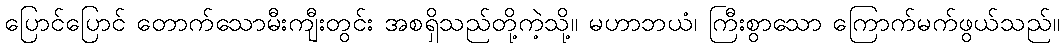
ပြောင်ပြောင် တောက်သောမီးကျီးတွင်း အစရှိသည်တို့ကဲ့သို့။ မဟာဘယံ၊ ကြီးစွာသော ကြောက်မက်ဖွယ်သည်။